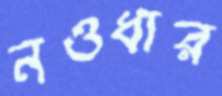
নওধার